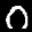
Label: 0